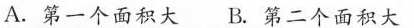
A.第一个面积大 B.第二个面积大